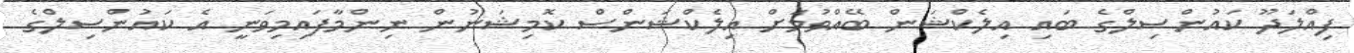
ފިއްލަދޫ ކައުންސިލްގެ ބައި އިލެކްޝަން ބޭއްވުމަށް އިލެކްޝަންސް ކޮމިޝަނުން ނިންމާފައިމިވަނީ އެ ކައުންސިލްގެ